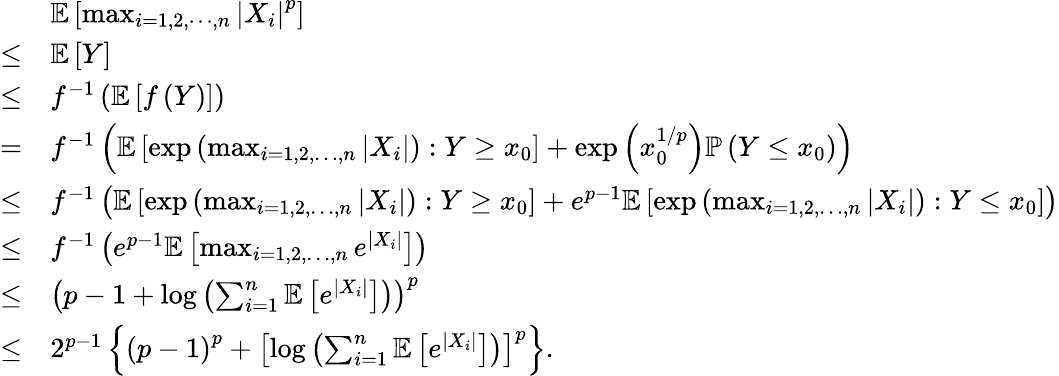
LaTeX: \begin{array}{rl}&{\mathbb{E}\left[\operatorname*{max}_{i=1,2,\cdots,n}\left|X_{i}\right|^{p}\right]}\\ {\leq}&{\mathbb{E}\left[Y\right]}\\ {\leq}&{f^{-1}\left(\mathbb{E}\left[f\left(Y\right)\right]\right)}\\ {=}&{f^{-1}\left(\mathbb{E}\left[\exp\left(\operatorname*{max}_{i=1,2,\dots,n}|X_{i}|\right):Y\geq x_{0}\right]+\exp\left(x_{0}^{1/p}\right)\mathbb{P}\left(Y\leq x_{0}\right)\right)}\\ {\leq}&{f^{-1}\left(\mathbb{E}\left[\exp\left(\operatorname*{max}_{i=1,2,\dots,n}|X_{i}|\right):Y\geq x_{0}\right]+e^{p-1}\mathbb{E}\left[\exp\left(\operatorname*{max}_{i=1,2,\dots,n}|X_{i}|\right):Y\leq x_{0}\right]\right)}\\ {\leq}&{f^{-1}\left(e^{p-1}\mathbb{E}\left[\operatorname*{max}_{i=1,2,\dots,n}e^{|X_{i}|}\right]\right)}\\ {\leq}&{\left(p-1+\log\left(\sum_{i=1}^{n}\mathbb{E}\left[e^{|X_{i}|}\right]\right)\right)^{p}}\\ {\leq}&{2^{p-1}\left\{ \left(p-1\right)^{p}+\left[\log\left(\sum_{i=1}^{n}\mathbb{E}\left[e^{|X_{i}|}\right]\right)\right]^{p}\right\} .}\end{array}